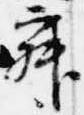
寂